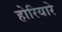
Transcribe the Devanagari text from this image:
होरियारे